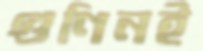
গুণিনই